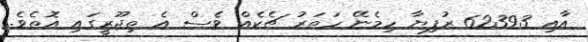
އާއި 62393 ރުފިޔާ ހިމެނޭ ހަތަރު ޗެކެއް ވެސް އެ ތިޖޫރީގައި އޮތެވެ.